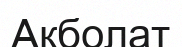
Ақболат